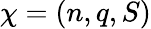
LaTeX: \mathbf{\chi}=(n,q,S)